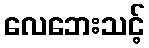
လေဘေးသင့်